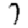
Digit: 7